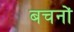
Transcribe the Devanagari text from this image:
बचनों